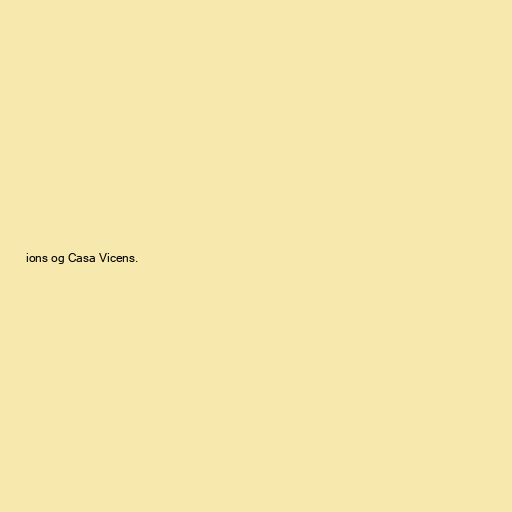
ions og Casa Vicens.